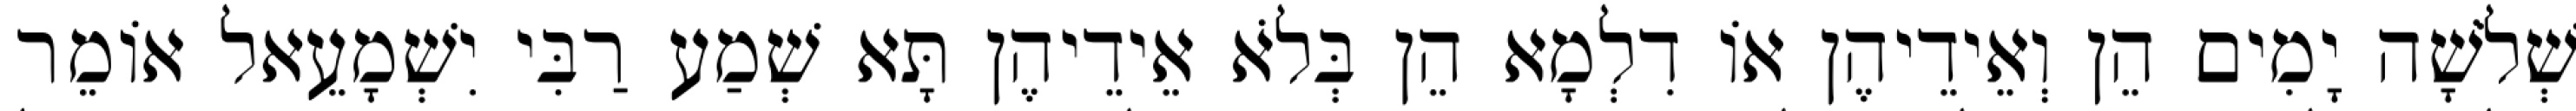
שְׁלֹשָׁה יָמִים הֵן וְאֵידֵיהֶן אוֹ דִלְמָא הֵן בְּלֹא אֵידֵיהֶן תָּא שְׁמַע רַבִּי יִשְׁמָעֵאל אוֹמֵר